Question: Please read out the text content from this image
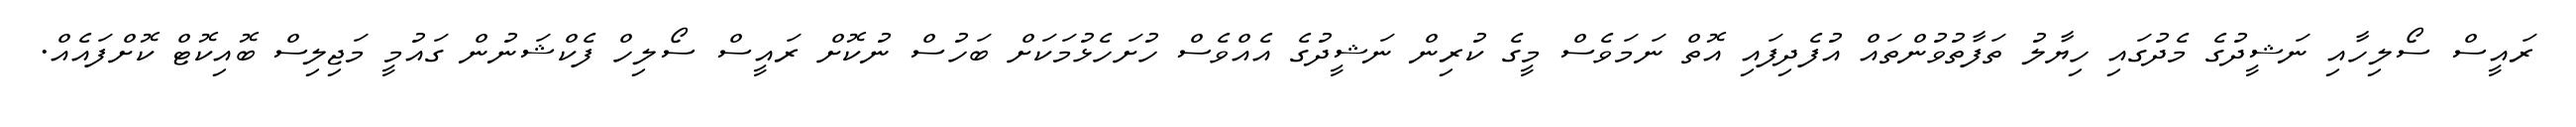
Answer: ރައީސް ސޯލިހާއި ނަޝީދުގެ މެދުގައި ހިޔާލު ތަފާތުވުންތައް އުފެދިފައި އޮތް ނަމަވެސް މީގެ ކުރިން ނަޝީދުގެ އެއްވެސް ހުށަހެޅުމަކަށް ބަހުސް ނުކޮށް ރައީސް ސޯލިހް ފެކްޝަނުން ގައުމީ މަޖިލިސް ބޮއިކޮޓް ކޮށްފައެއް.